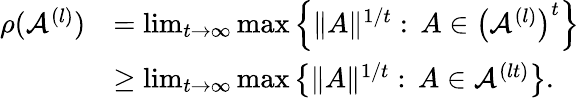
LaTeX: \begin{array}{rl}{\rho(\mathcal{A}^{(l)})}&{=\operatorname*{lim}_{t\to\infty}\operatorname*{max}\left\{ \| A\| ^{1/t}:\, A\in\left(\mathcal{A}^{(l)}\right)^{t}\right\} }\\ &{\geq\operatorname*{lim}_{t\to\infty}\operatorname*{max}\left\{ \| A\| ^{1/t}:\, A\in\mathcal{A}^{(lt)}\right\} .}\end{array}